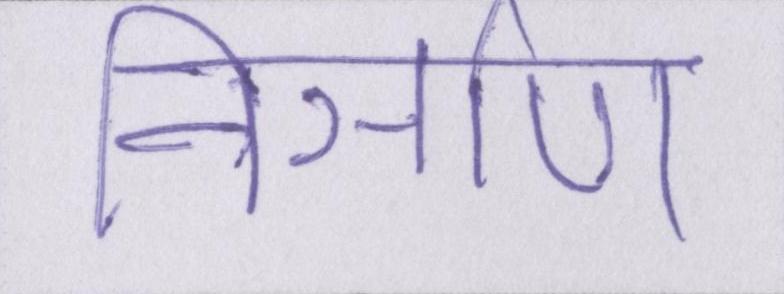
निर्ञाण